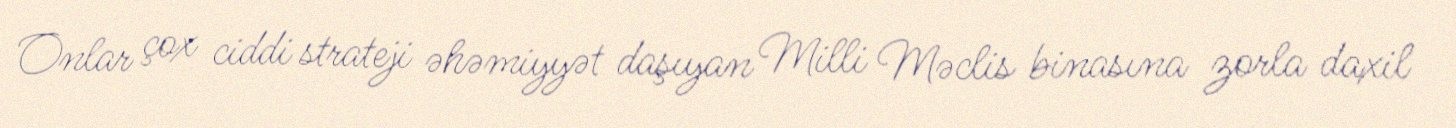
Onlar çox ciddi strateji əhəmiyyət daşıyan Milli Məclis binasına zorla daxil